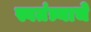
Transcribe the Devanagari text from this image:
स्वतंत्र्याचे